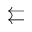
\leftleftarrows